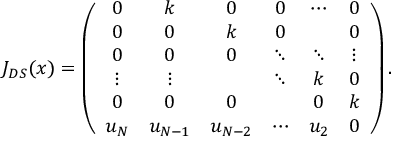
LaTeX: J _ { D S } ( x ) = \left( \begin{array} { c c c c c c } { { 0 } } & { { k } } & { { 0 } } & { { 0 } } & { { \cdots } } & { { 0 } } \\ { { 0 } } & { { 0 } } & { { k } } & { { 0 } } & { { } } & { { 0 } } \\ { { 0 } } & { { 0 } } & { { 0 } } & { { \ddots } } & { { \ddots } } & { { \vdots } } \\ { { \vdots } } & { { \vdots } } & { { } } & { { \ddots } } & { { k } } & { { 0 } } \\ { { 0 } } & { { 0 } } & { { 0 } } & { { } } & { { 0 } } & { { k } } \\ { { u _ { N } } } & { { u _ { N - 1 } } } & { { u _ { N - 2 } } } & { { \cdots } } & { { u _ { 2 } } } & { { 0 } } \end{array} \right) .